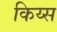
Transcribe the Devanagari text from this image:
किय्स